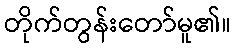
တိုက်တွန်းတော်မူ၏။